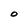
Character: O